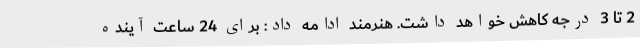
2 تا 3 درجه کاهش خواهد داشت. هنرمند ادامه داد: برای 24 ساعت آینده